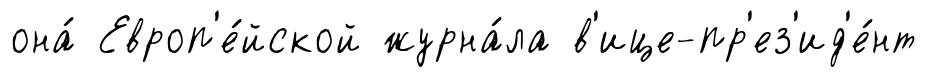
она́ Европ'е́йской журна́ла в'ице-пр'ез'ид'е́нт